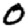
Digit: 0